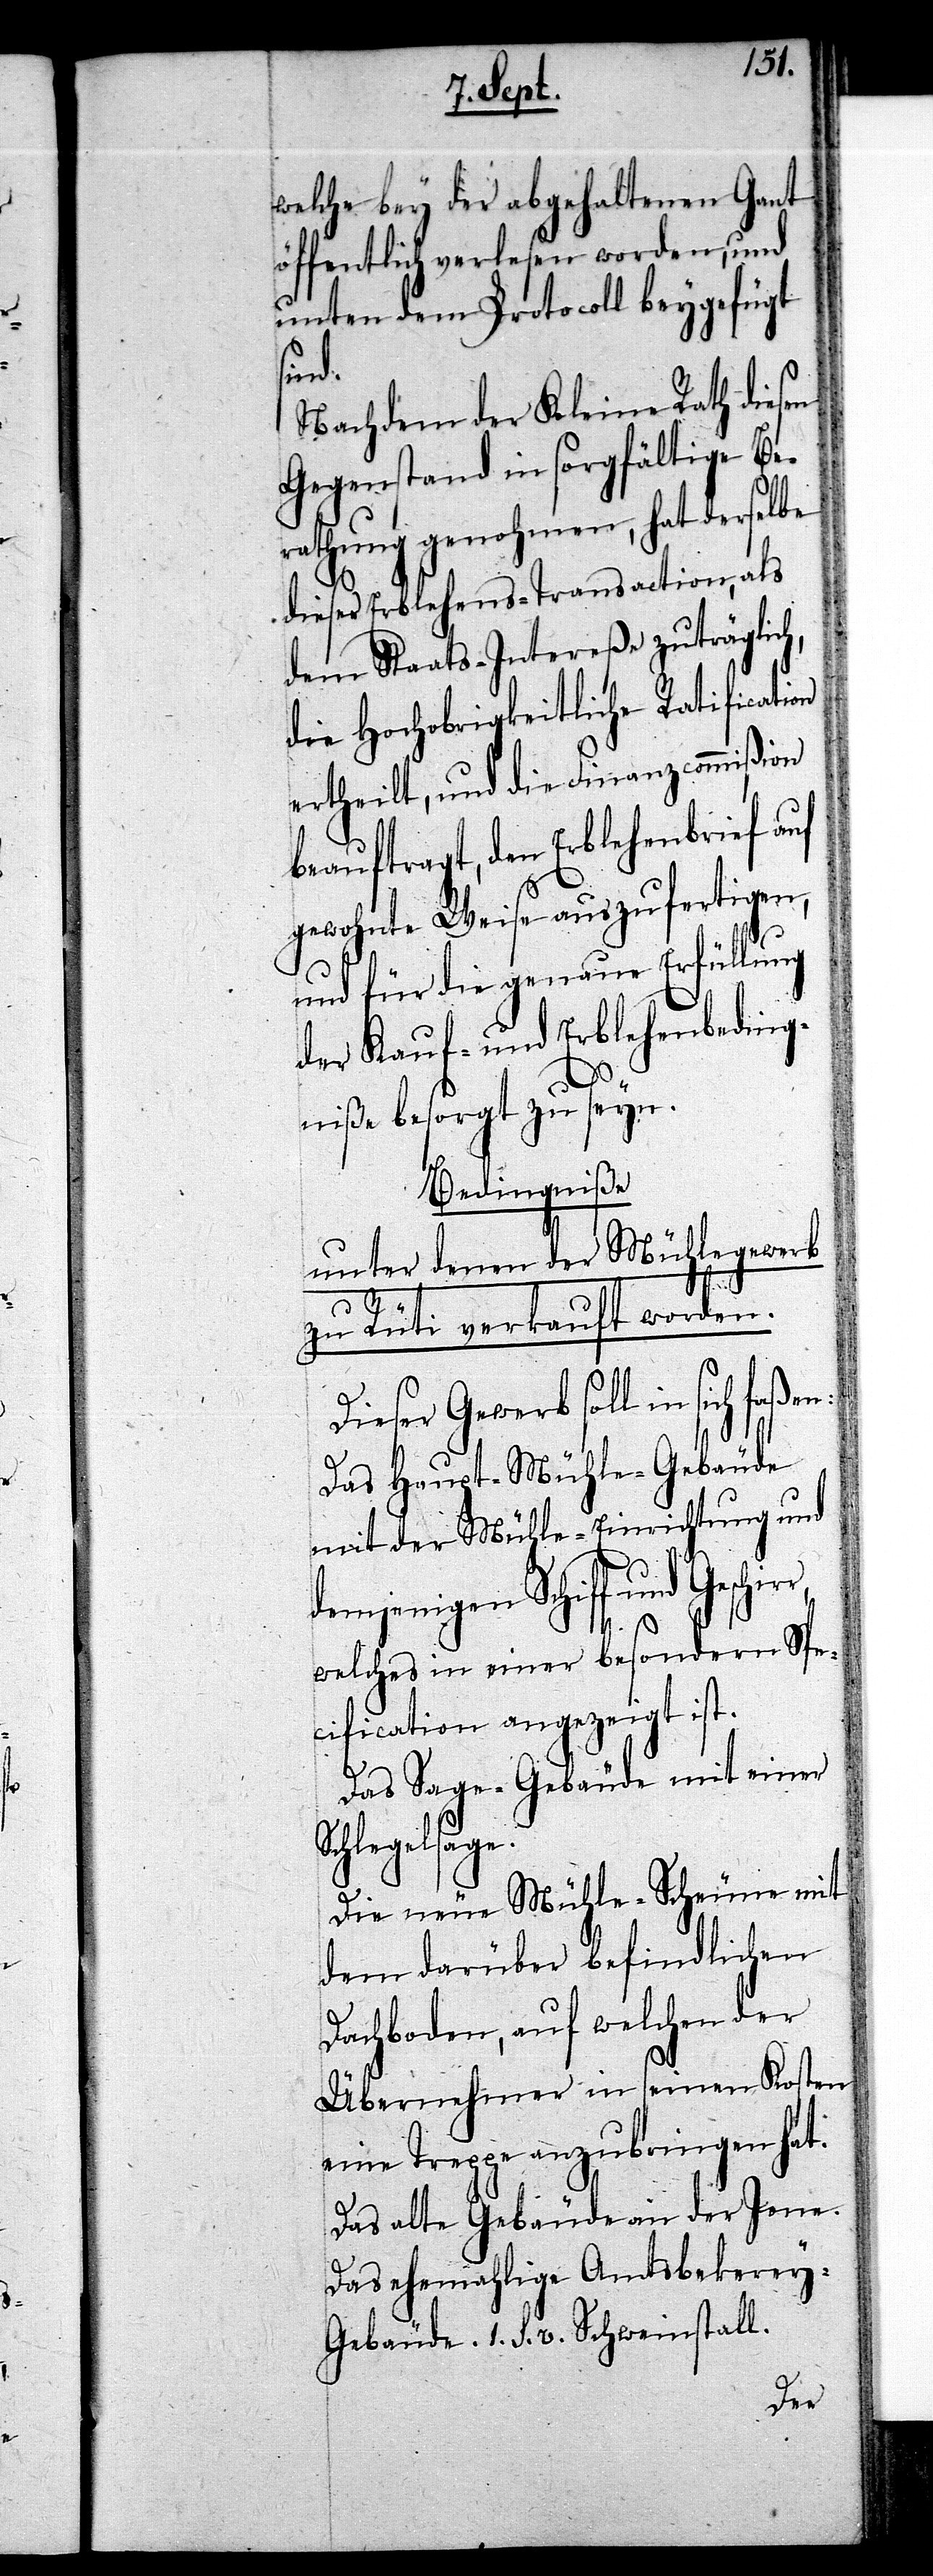
nen Gant
welche bey der abgeh¬
öffentlich verlesen worden, und
unten dem Protocoll beygefügt
sind.
Nachdem der Kleine Rath diesen
Gegenstand in sorgfältige Be¬
rathung genohmen, hat derselbe
dieser Erblehens-Transaction, als
dem Staats-Intereße zuträglic¬
die Hochobrigkeitliche Ratification
ertheilt, und die Finanzcommißion
beauftragt, den Erblehenbrief auf
gewohnte Weise auszufertigen,
und für die genaue Erfüllung
der Kauf- und Erblehenbeding¬
niße besorgt zu seyn.
Bedingniße
unter denen der Mühlegewerb
zu Rüti verkauft worden.
Dieser Gewerb soll in sich
Das Haupt-Mühle-Gebäude
mit der Mühle-Einrichtung und
demjenigen Schiff und Geschir¬
r,
welches in einer besondern Spe¬
cification angezeigt ist.
Das Sage-Gebäude mit einer
Schlegelsage.
Die neue Mühle-Scheune mit
dem darüber befindlichen
Dachboden, auf welchen der
Übernehmer in seinen Kosten
eine Treppe anzubringen hat.
Das alte Gebäude an der Jone.
Das ehemahlige Amtsbekerey-G¬
ebäude. 1. s. v. Schweinstall.